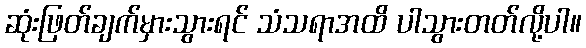
ဆုံးဖြတ်ချက်မှားသွားရင် သံသရာအထိ ပါသွားတတ်လို့ပါ။